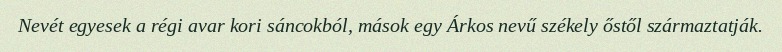
Nevét egyesek a régi avar kori sáncokból, mások egy Árkos nevű székely őstől származtatják.